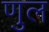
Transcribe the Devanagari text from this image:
णुल